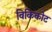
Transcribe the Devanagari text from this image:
विकिकोट